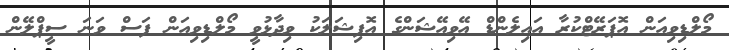
މޯލްޑިވިއަން އޮޕަރޭޓްކުރާ އައިލެންޑް އޭވިއޭޝަންގެ އޮފިޝަލަކު ވިދާޅުވީ މޯލްޑިވިއަން ފަސް ވަނަ ސީޕްލޭން